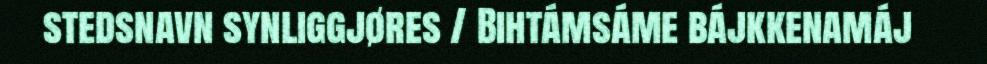
stedsnavn synliggjøres / Bihtámsáme bájkkenamáj